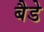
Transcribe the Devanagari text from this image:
बैडे